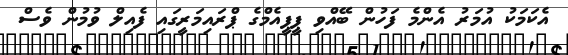
އެކަމަކު އުމަރު އެންމެ ފަހުން ބޭއްވި ޕީޕީއެމްގެ ޕްރައިމަރީގައި ފެއިލް ވުމުން ވެސް